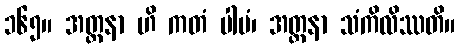
၁၆၅။ အတ္တနာ ဟိ ကတံ ပါပံ၊ အတ္တနာ သံကိလိဿတိ။